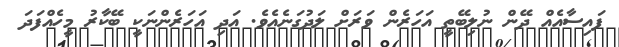
ފައިސާއެއް ދޭން ނުލިބޭތީ އަހަރެން ވަރަށް ލަދުގަނެއެވެ. އަދި އަހަރެންނަކީ ބޭކާރު މީހެއްފަދަ